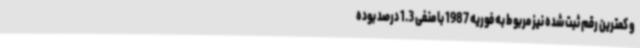
و کمترین رقم ثبت شده نیز مربوط به فوریه 1987 با منفی 1.3 درصد بوده